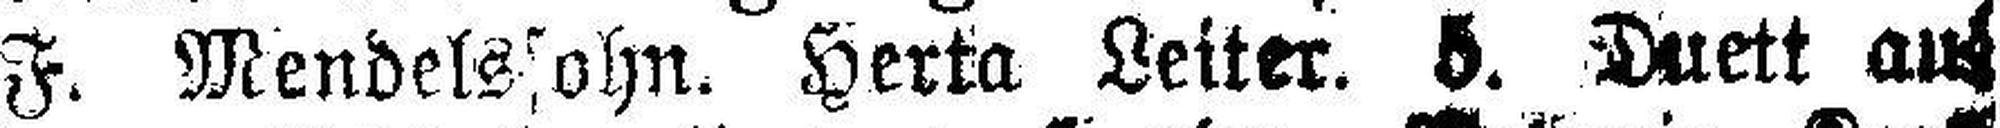
F. Mendelssohn. Herta Leiter, 5. Duett aus